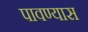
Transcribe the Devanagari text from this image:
पावण्यास